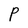
Character: P